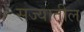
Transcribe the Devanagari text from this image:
सज्यातील